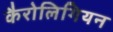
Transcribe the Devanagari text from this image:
कैरोलिगियन